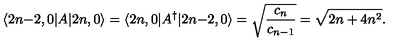
\langle 2 n { - } 2 , 0 | A | 2 n , 0 \rangle = \langle 2 n , 0 | A ^ { \dagger } | 2 n { - } 2 , 0 \rangle = \sqrt { \frac { c _ { n } } { c _ { n - 1 } } } = \sqrt { 2 n + 4 n ^ { 2 } } .